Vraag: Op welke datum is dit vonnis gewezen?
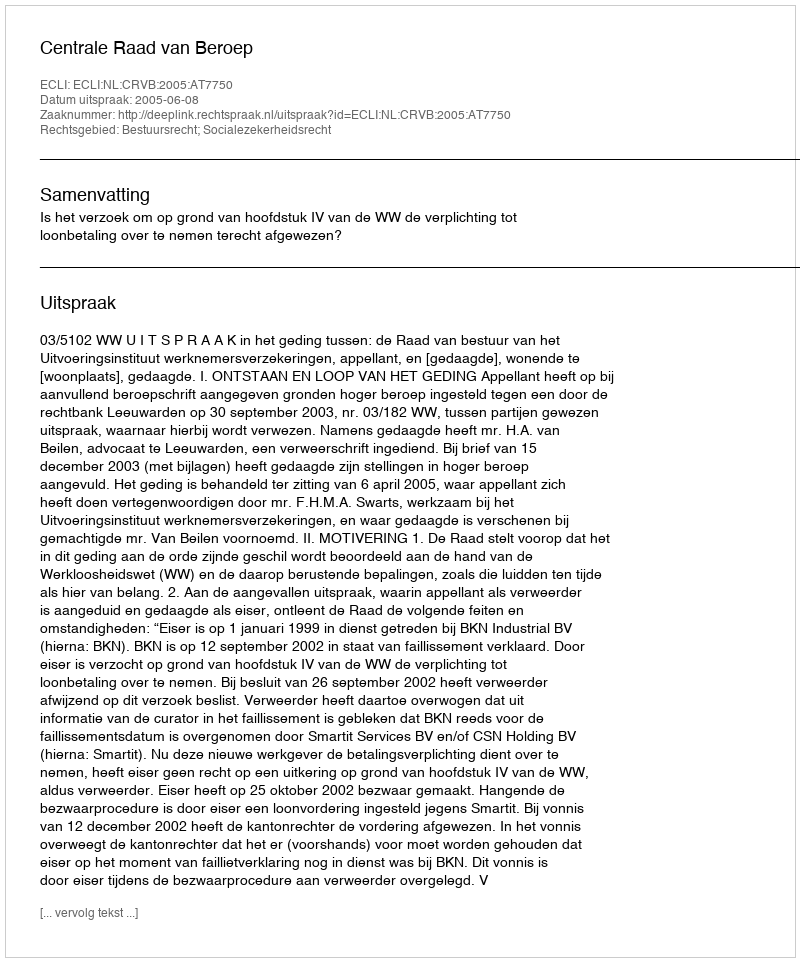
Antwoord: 2005-06-08